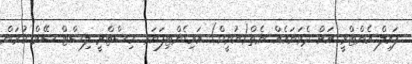
ފައިލް އެންޓްރީ އަށް ދެވަނައެއް ނެތް(ޔުނީކް) އައިޑެންޓިފަޔަރ. ހިސްޓްރީ ލިސްޓް ސޭވް ކުރަން